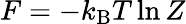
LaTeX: F=-k_{\mathrm{B}}T\ln Z